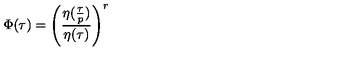
\Phi ( \tau ) = \left( \frac { \eta ( \frac { \tau } { p } ) } { \eta ( \tau ) } \right) ^ { r }